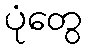
ပုံတွေ